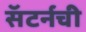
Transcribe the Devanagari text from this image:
सॅटर्नची